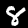
Label: 8